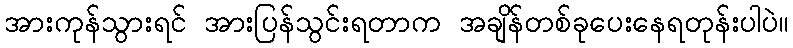
အားကုန်သွားရင် အားပြန်သွင်းရတာက အချိန်တစ်ခုပေးနေရတုန်းပါပဲ။